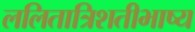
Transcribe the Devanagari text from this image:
ललितात्रिशतीभाष्य